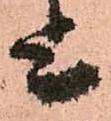
上